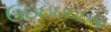
ઉઇઇઇઇઇમા